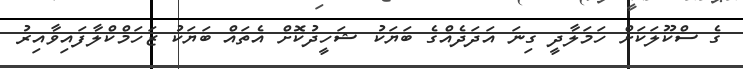
ގެ ސްކޫލަކަށް ހަމަލާދީ ގިނަ އަދަދެއްގެ ބަޔަކު ޝަހީދުކޮށް އެތައް ބަޔަކު ޒަހަމްކްލާފައިވާއިރު